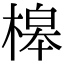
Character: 槔